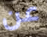
عن